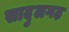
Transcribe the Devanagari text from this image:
सादुलगढ़